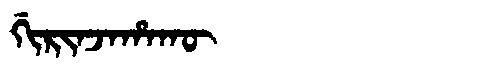
Manchu: ᡤᡳᡵᡳᠨᠵᠠᡥᠠᡴᡡ
Romanization: GIRINJAHAKŪ